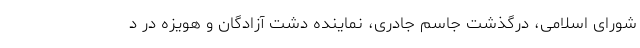
شورای اسلامی، درگذشت جاسم جادری، نماینده دشت آزادگان و هویزه در د